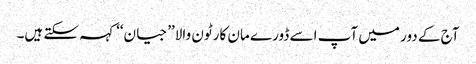
آج کے دور میں آپ اسے ڈورے مان کارٹون والا’’جیان‘‘ کہہ سکتے ہیں۔